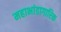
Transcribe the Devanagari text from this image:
महाभांडागारिक